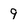
Character: 9